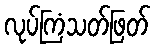
လုပ်ကြံသတ်ဖြတ်